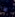
اذا